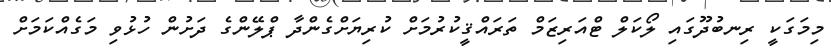
މިމަގަކީ ރިނބުދޫގައި ލޯކަލް ޓްއަރިޒަމް ތަރައްޤީކުރުމަށް ކުރިޔަށްގެންދާ ޕްލޭންގެ ދަށުން ހުޅުވި މަގެއްކަމަށް